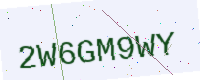
Text: 2W6GM9WY